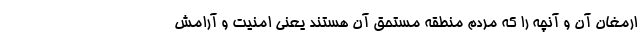
ارمغان آن و آنچه را که مردم منطقه مستحق آن هستند یعنی امنیت و آرامش